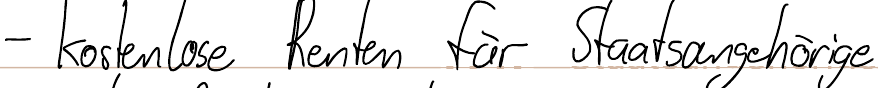
- kostenlose Renten für Staatsangehörige